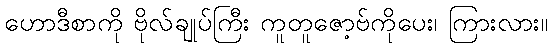
ဟောဒီစာကို ဗိုလ်ချုပ်ကြီး ကူတူဇော့ဗ်ကိုပေး၊ ကြားလား။